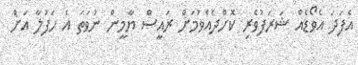
އެފަދަ އެވޯޑެއް ޝަރަފުވެރި ކޮށްދެއްވުމަށް ރައީސް ޔާމީން ނުވަތަ އެ ހަފުލާ އަށް